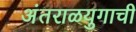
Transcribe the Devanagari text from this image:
अंतराळयुगाची